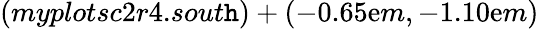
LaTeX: (myplotsc2r4.sout\mathtt{h})+(-0.65\mathrm{e}m,-1.10\mathrm{e}m)